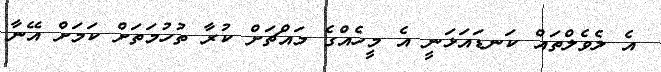
އެ ލެވެލްތައް ކަނޑައަޅަނީ އެ މީހެއްގެ މައްޗަށް ކުރާ ތުހުމަތަށް ކަމަށް އޭނާ